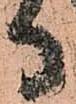
寺